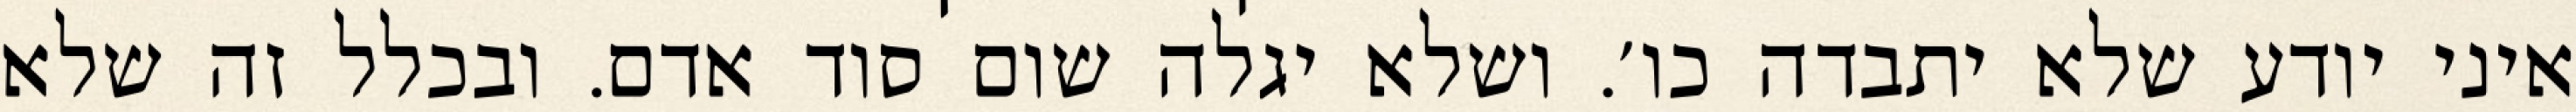
איני יודע שלא יתבדה כו׳. ושלא יגלה שום סוד אדם. ובכלל זה שלא